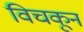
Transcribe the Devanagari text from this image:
विचकून